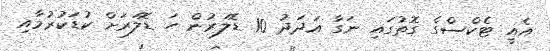
އެއީ ޓެކްސްގެ ގޮތުގައި ނަގާ އަދަދު 10 ޑޮލަރުން ހަ ޑޮލަރަށް ކުޑަކުރުމާއި